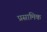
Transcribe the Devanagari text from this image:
प्रसामिक